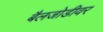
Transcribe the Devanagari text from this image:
बैलजोडीवर